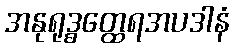
အနုရုဒ္ဓတ္ထေရအပဒါနံ